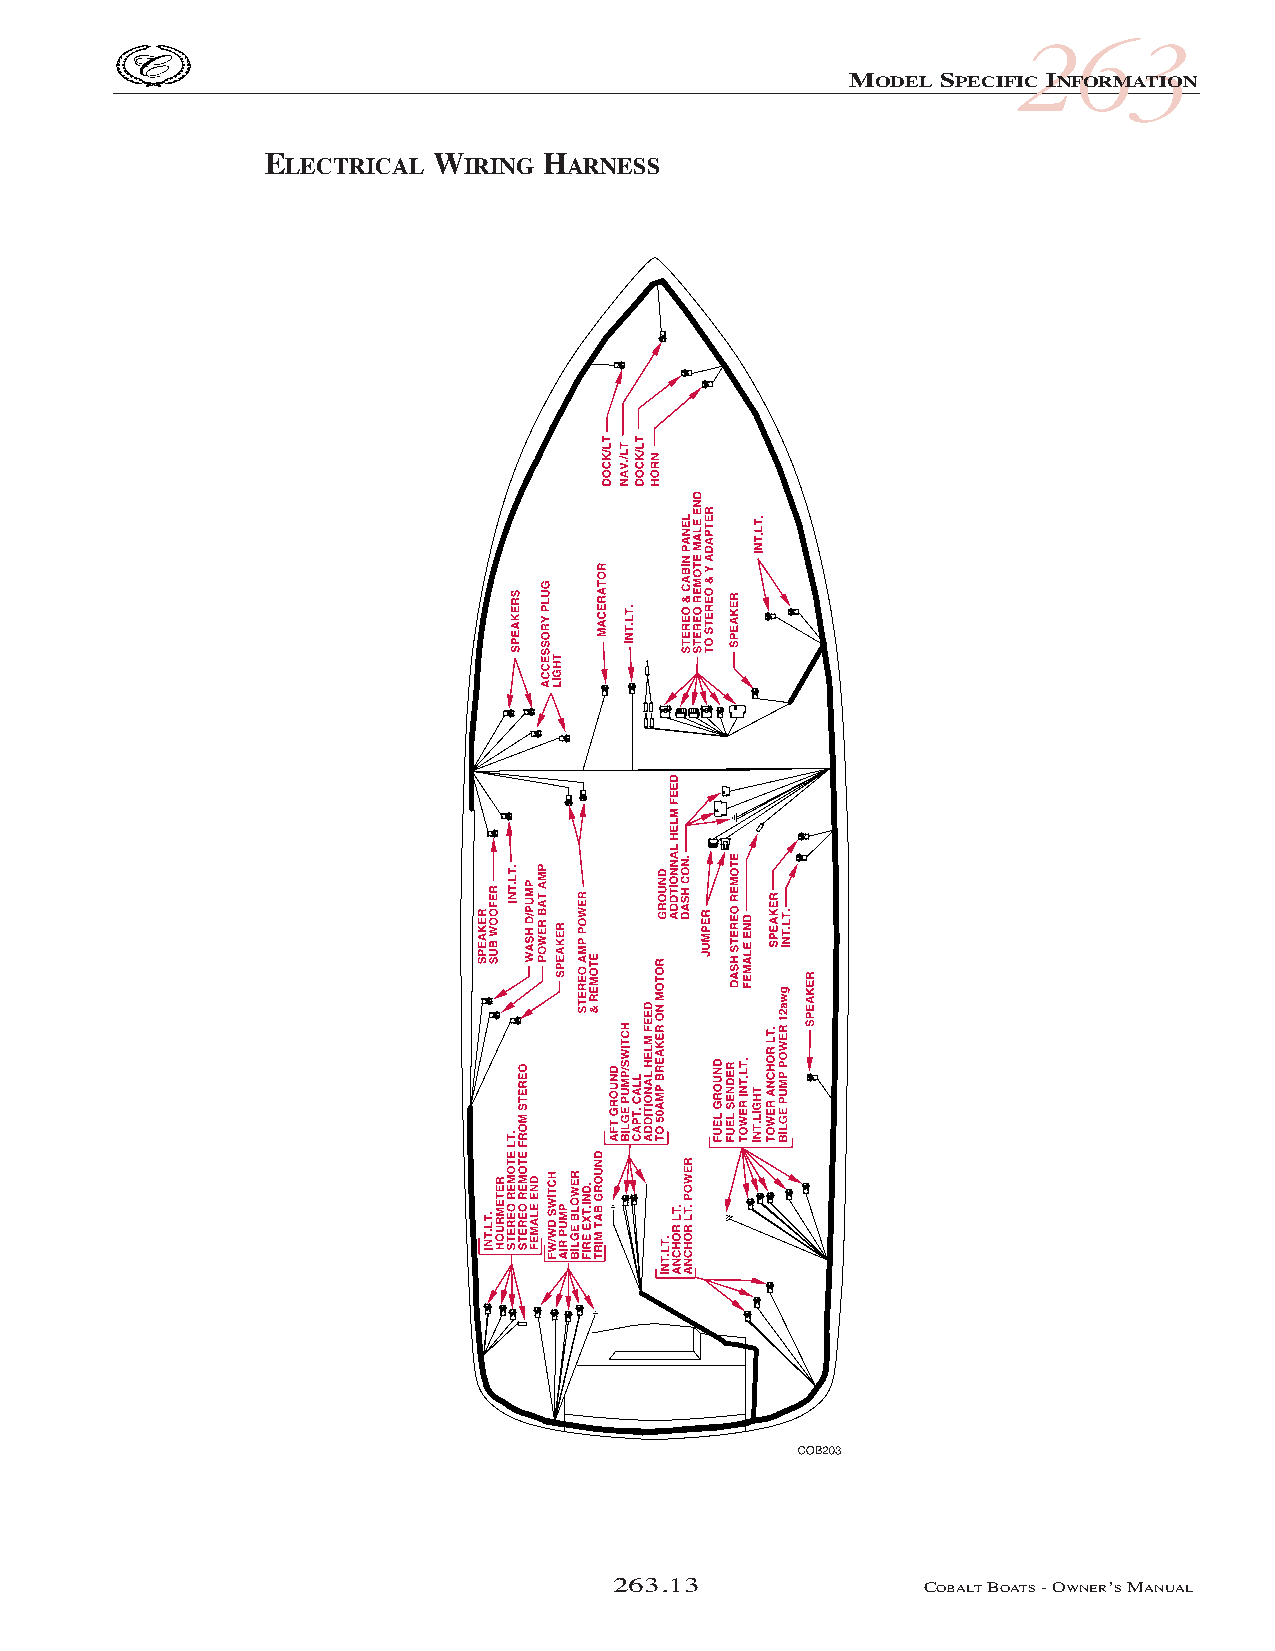
COB_05 Sect 262.qxd 3/18/05 9:28 AM Page 263.13
 263
 MODEL SPECIFIC INFORMATION
 ELECTRICAL WIRING HARNESS
 263.13               COBALTBOATS- OWNER’SMANUAL